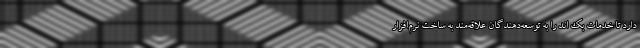
دارد تا خدمات بک اند را به توسعه‌دهندگان علاقه‌مند به ساخت نرم‌افزار